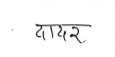
मजकूर: दादर